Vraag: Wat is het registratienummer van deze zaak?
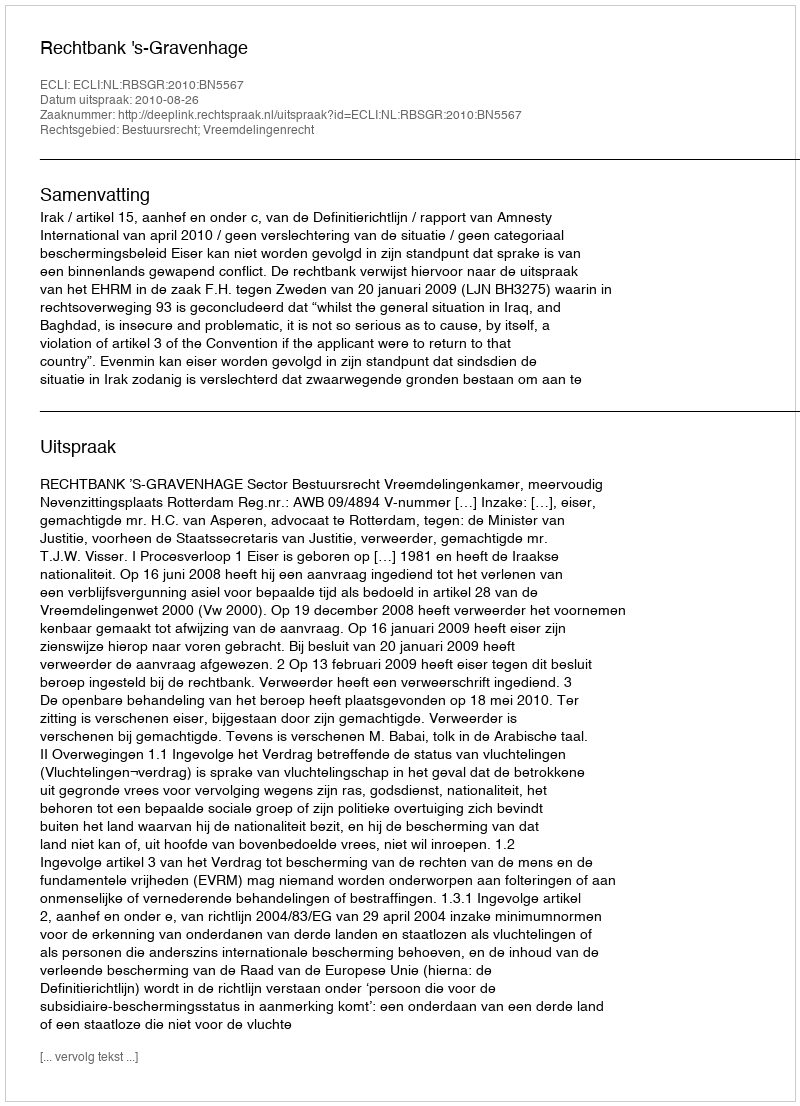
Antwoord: http://deeplink.rechtspraak.nl/uitspraak?id=ECLI:NL:RBSGR:2010:BN5567